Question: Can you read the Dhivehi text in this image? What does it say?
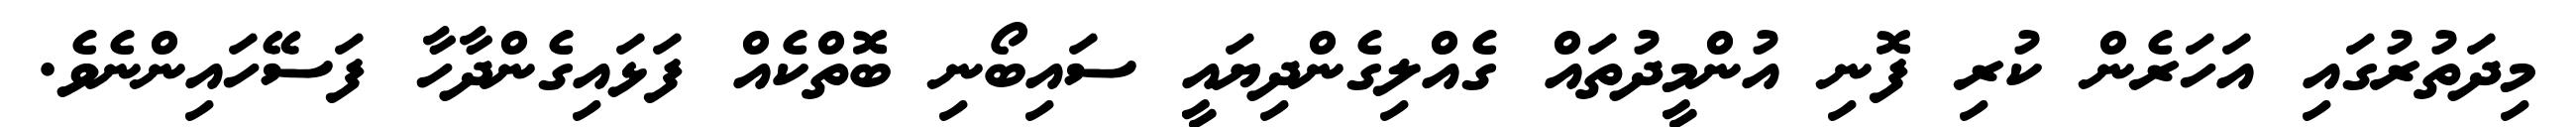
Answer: މިދަތުރުގައި އަހަރެން ކުރި ފޮނި އުންމީދުތައް ގެއްލިގެންދިޔައީ ސައިބޯނި ބޮތްކެއް ފަޅައިގެންދާހާ ފަސޭހައިންނެވެ.